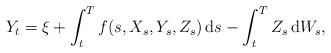
LaTeX: \begin{align*}Y_t = \xi+ \int_t^Tf(s,X_s,Y_s,Z_s) \,\mathrm{d}s - \int_t^T Z_s \,\mathrm{d}W_s,\end{align*}